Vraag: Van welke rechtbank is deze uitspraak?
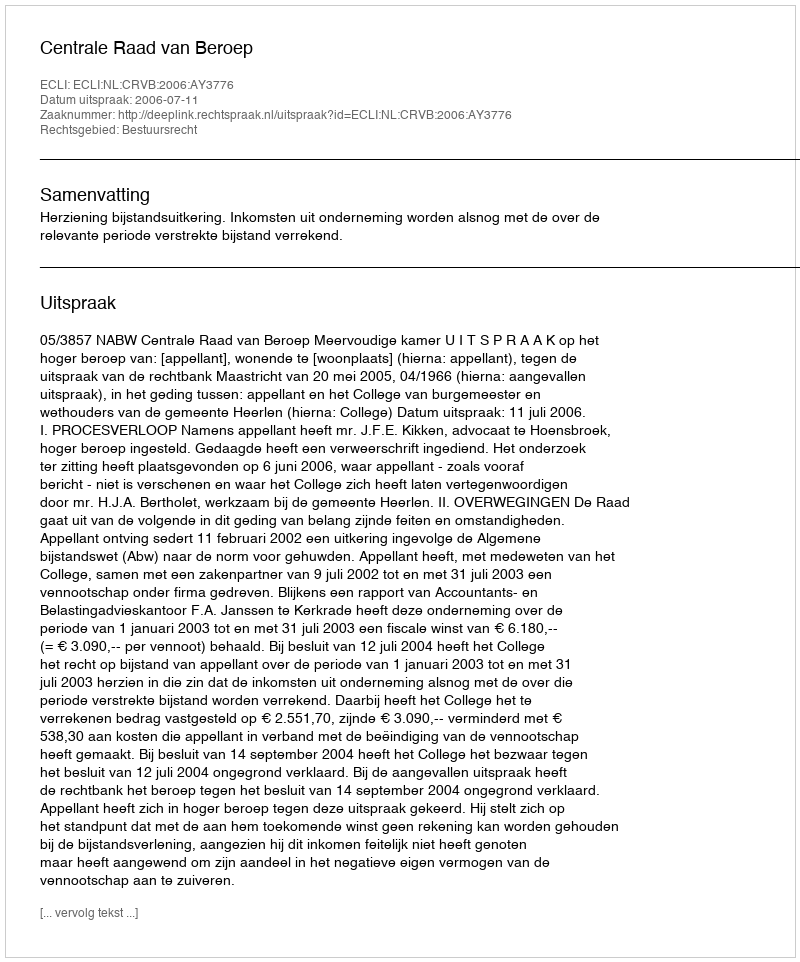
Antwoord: Centrale Raad van Beroep